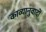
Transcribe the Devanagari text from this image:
काव्यानुवादों